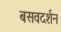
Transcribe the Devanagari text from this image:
बसवदर्शन